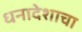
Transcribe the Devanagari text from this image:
धनादेशाचा